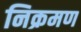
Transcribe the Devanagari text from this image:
निक्रमण